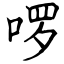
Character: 啰